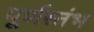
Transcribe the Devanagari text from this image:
पूर्णस्तंभ